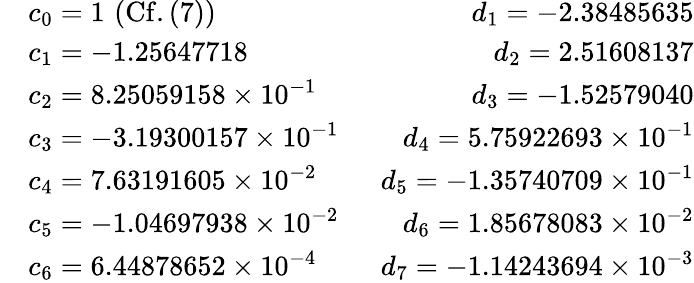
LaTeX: \begin{array}{rlr}&{c_{0}=1\, \, (\mathrm{Cf.}\, (7))\, \, \, }&{d_{1}=-2.38485635}\\ &{c_{1}=-1.25647718\, \, \, }&{d_{2}=2.51608137}\\ &{c_{2}=8.25059158\times 10^{-1}\, \, \, }&{d_{3}=-1.52579040}\\ &{c_{3}=-3.19300157\times 10^{-1}\, \, \, }&{d_{4}=5.75922693\times 10^{-1}}\\ &{c_{4}=7.63191605\times 10^{-2}\, \, \, }&{d_{5}=-1.35740709\times 10^{-1}}\\ &{c_{5}=-1.04697938\times 10^{-2}\, \, \, }&{d_{6}=1.85678083\times 10^{-2}}\\ &{c_{6}=6.44878652\times 10^{-4}\, \, \, }&{d_{7}=-1.14243694\times 10^{-3}}\end{array}